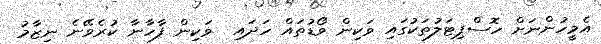
އެމީހުންނަށް ހޮސްޕިޓަލުތަކުގައި ވަކިން ވޯޑުތައް ހަދައި  ވަކިން ފާހާނާ ކުރެވޭނެ ނިޒާމު